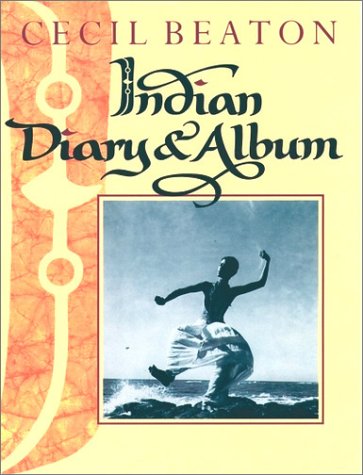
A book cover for Indian Diary and Album; Cecil Beaton; Travel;